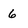
Character: 6